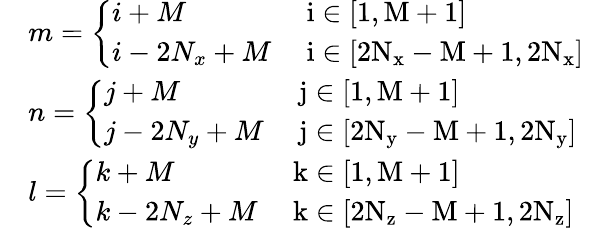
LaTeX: \begin{array}{rl}&{m=\left\{ \begin{array}{ll}{i+M}&{\mathrm{~i\in[1,M+1]~}}\\ {i-2N_{x}+M}&{\mathrm{~i\in[2N_x-M+1,2N_x]~}}\end{array}\right.}\\ &{n=\left\{ \begin{array}{ll}{j+M}&{\mathrm{~j\in[1,M+1]~}}\\ {j-2N_{y}+M}&{\mathrm{~j\in[2N_y-M+1,2N_y]~}}\end{array}\right.}\\ &{l=\left\{ \begin{array}{ll}{k+M}&{\mathrm{~k\in[1,M+1]~}}\\ {k-2N_{z}+M}&{\mathrm{~k\in[2N_z-M+1,2N_z]~}}\end{array}\right.}\end{array}